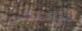
الروماني